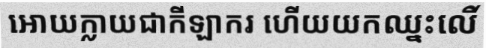
អោយក្លាយជាកីឡាករ ហើយយកឈ្នះលើ